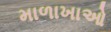
માળાખાઓ